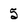
Character: 5